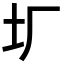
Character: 𡉃